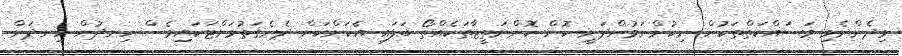
މިދެންނެވި މަސައްކަތްތަކުން ނިކުންނަމުންދަނީ ކޮން ކޮންނަތީޖާތަކެއްތޯ ބަލައި އެކަންކަން ދެނެގަތުމަށްޓަކައިވެސް ހިނދުން ހިނދަށް